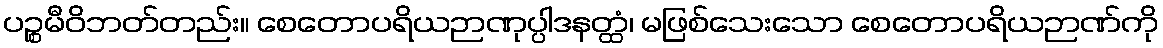
ပဉ္စမီဝိဘတ်တည်း။ စေတောပရိယဉာဏုပ္ပါဒနတ္ထံ၊ မဖြစ်သေးသော စေတောပရိယဉာဏ်ကို